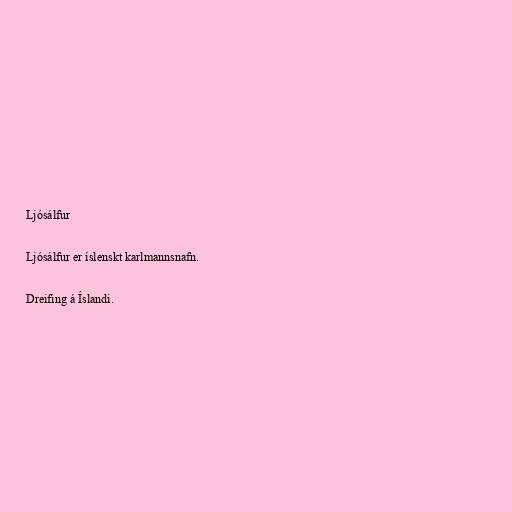
Ljósálfur

Ljósálfur er íslenskt karlmannsnafn.

Dreifing á Íslandi.